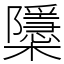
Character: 櫽